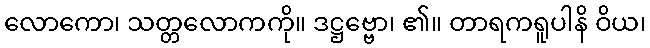
လောကော၊ သတ္တလောကကို။ ဒဋ္ဌဗ္ဗော၊ ၏။ တာရကရူပါနိ ဝိယ၊